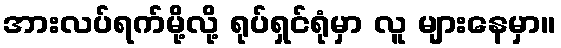
အားလပ်ရက်မို့လို့ ရုပ်ရှင်ရုံမှာ လူ များနေမှာ။